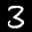
Label: 3